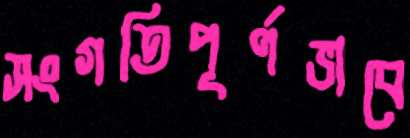
সংগতিপূর্ণভাবে